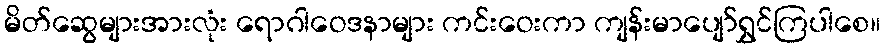
မိတ်ဆွေများအားလုံး ရောဂါဝေဒနာများ ကင်းဝေးကာ ကျန်းမာပျော်ရွှင်ကြပါစေ။